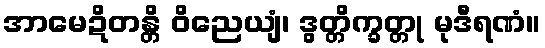
အာမေဍိတန္တိ ဝိညေယျံ၊ ဒွတ္တိက္ခတ္တု မုဒီရဏံ။